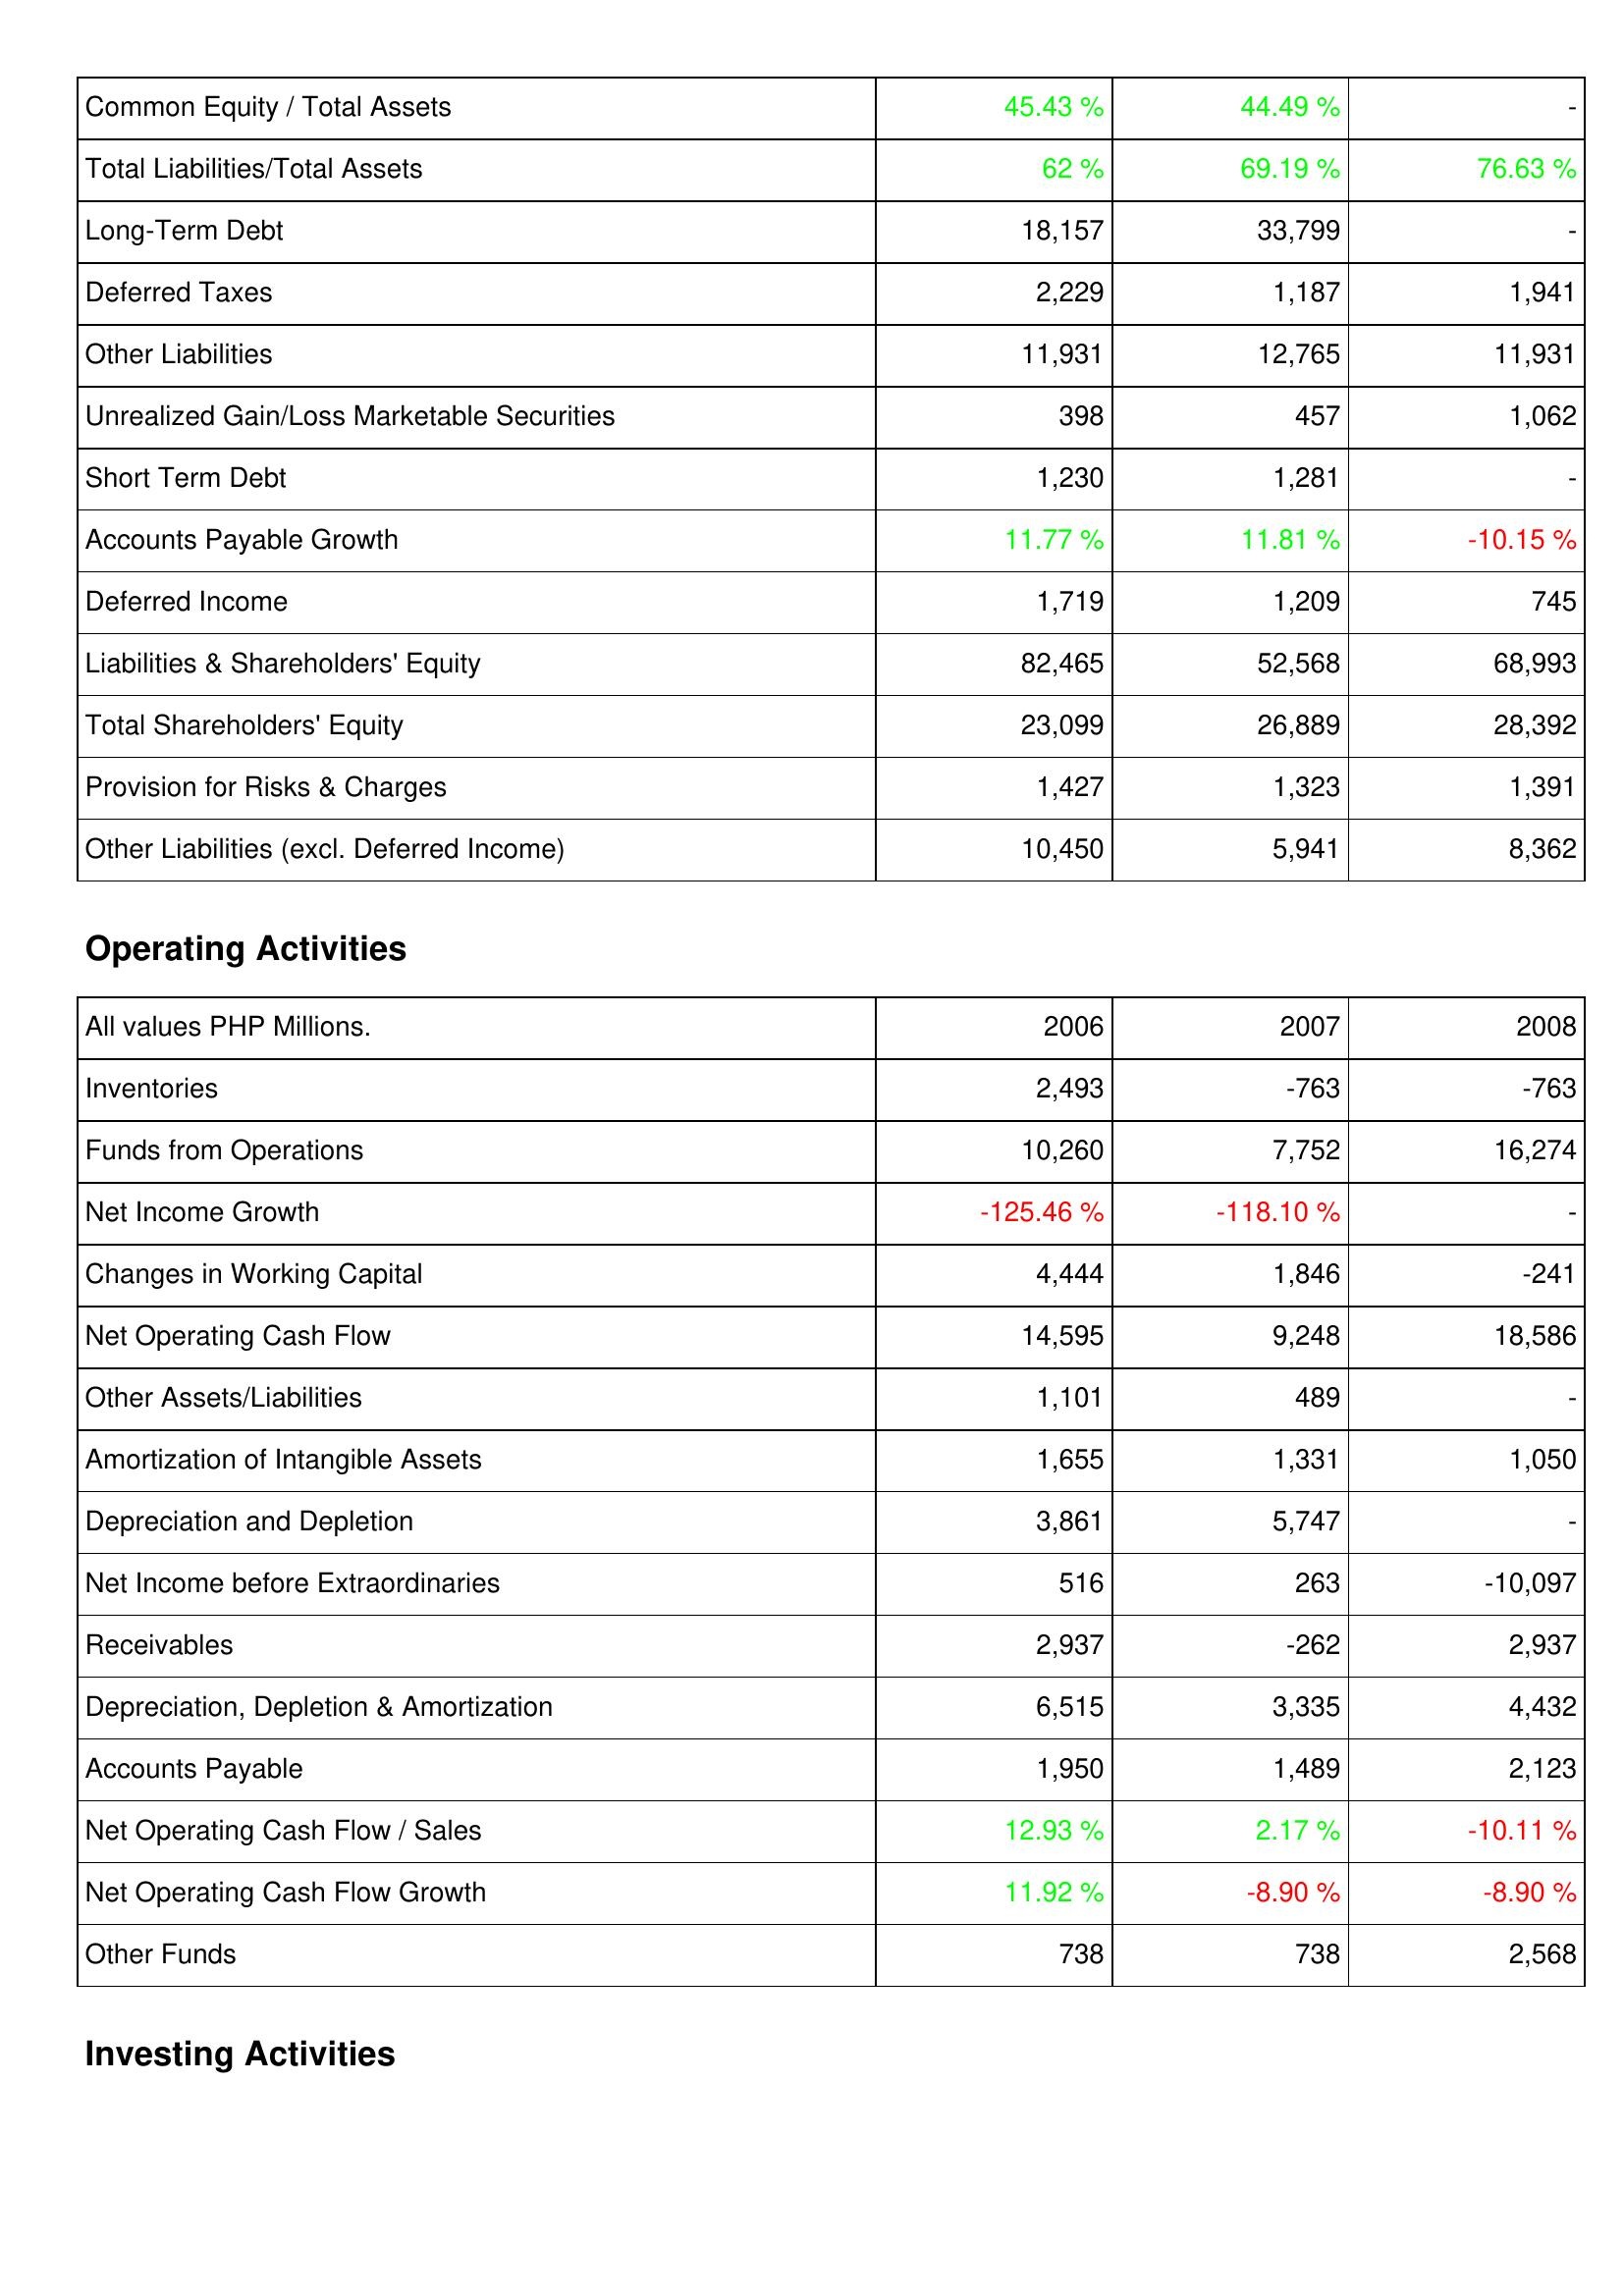
2006: Liabilities & Shareholders' Equity: Common Equity / Total Assets: 45.43 %
Total Liabilities/Total Assets: 62 %
Long-Term Debt: 18,157
Deferred Taxes: 2,229
Other Liabilities: 11,931
Unrealized Gain/Loss Marketable Securities: 398
Short Term Debt: 1,230
Accounts Payable Growth: 11.77 %
Deferred Income: 1,719
Liabilities & Shareholders' Equity: 82,465
Total Shareholders' Equity: 23,099
Provision for Risks & Charges: 1,427
Other Liabilities (excl. Deferred Income): 10,450
Operating Activities: Inventories: 2,493
Funds from Operations: 10,260
Net Income Growth: -125.46 %
Changes in Working Capital: 4,444
Net Operating Cash Flow: 14,595
Other Assets/Liabilities: 1,101
Amortization of Intangible Assets: 1,655
Depreciation and Depletion: 3,861
Net Income before Extraordinaries: 516
Receivables: 2,937
Depreciation, Depletion & Amortization: 6,515
Accounts Payable: 1,950
Net Operating Cash Flow / Sales: 12.93 %
Net Operating Cash Flow Growth: 11.92 %
Other Funds: 738
2007: Liabilities & Shareholders' Equity: Common Equity / Total Assets: 44.49 %
Total Liabilities/Total Assets: 69.19 %
Long-Term Debt: 33,799
Deferred Taxes: 1,187
Other Liabilities: 12,765
Unrealized Gain/Loss Marketable Securities: 457
Short Term Debt: 1,281
Accounts Payable Growth: 11.81 %
Deferred Income: 1,209
Liabilities & Shareholders' Equity: 52,568
Total Shareholders' Equity: 26,889
Provision for Risks & Charges: 1,323
Other Liabilities (excl. Deferred Income): 5,941
Operating Activities: Inventories: -763
Funds from Operations: 7,752
Net Income Growth: -118.10 %
Changes in Working Capital: 1,846
Net Operating Cash Flow: 9,248
Other Assets/Liabilities: 489
Amortization of Intangible Assets: 1,331
Depreciation and Depletion: 5,747
Net Income before Extraordinaries: 263
Receivables: -262
Depreciation, Depletion & Amortization: 3,335
Accounts Payable: 1,489
Net Operating Cash Flow / Sales: 2.17 %
Net Operating Cash Flow Growth: -8.90 %
Other Funds: 738
2008: Liabilities & Shareholders' Equity: Common Equity / Total Assets: -
Total Liabilities/Total Assets: 76.63 %
Long-Term Debt: -
Deferred Taxes: 1,941
Other Liabilities: 11,931
Unrealized Gain/Loss Marketable Securities: 1,062
Short Term Debt: -
Accounts Payable Growth: -10.15 %
Deferred Income: 745
Liabilities & Shareholders' Equity: 68,993
Total Shareholders' Equity: 28,392
Provision for Risks & Charges: 1,391
Other Liabilities (excl. Deferred Income): 8,362
Operating Activities: Inventories: -763
Funds from Operations: 16,274
Net Income Growth: -
Changes in Working Capital: -241
Net Operating Cash Flow: 18,586
Other Assets/Liabilities: -
Amortization of Intangible Assets: 1,050
Depreciation and Depletion: -
Net Income before Extraordinaries: -10,097
Receivables: 2,937
Depreciation, Depletion & Amortization: 4,432
Accounts Payable: 2,123
Net Operating Cash Flow / Sales: -10.11 %
Net Operating Cash Flow Growth: -8.90 %
Other Funds: 2,568